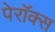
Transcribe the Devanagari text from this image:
पेरॉक्स